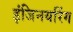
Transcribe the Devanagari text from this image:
इंजिनयरिंग